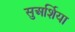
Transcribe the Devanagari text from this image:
सुअर्शिया